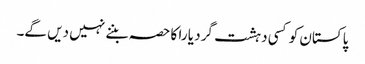
پاکستان کو کسی دہشت گرد یا را کا حصہ بننے نہیں دیں گے۔